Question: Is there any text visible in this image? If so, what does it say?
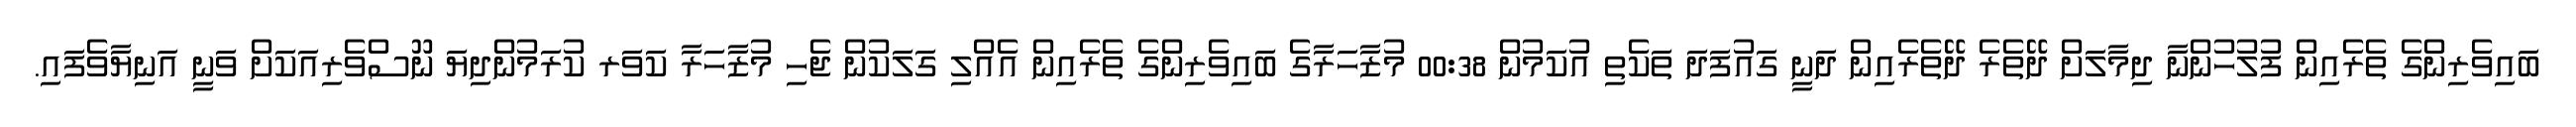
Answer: ބައިވެރިންގެ ތެރެއިން ފުލުހުންނާ ދިމާލަށް ދޭތެރެ ދޭތެރެއިން ދަނީ ގައުފަދަ ތަކެތި އުކަމުން 00:38 މުޒާހަރާގެ ބައިވެރިންގެ ތެރެއިން އެއްލި ގަލަކުން ޖެހި މުޒާހަރާ ކަވަރ ކުރަމުންދިޔަ ނޫސްވެރިއަކަށް ވަނީ އަނިޔާވެފައި.